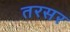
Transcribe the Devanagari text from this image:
तरसर